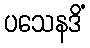
ပသေနဒိံ